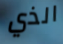
الذي